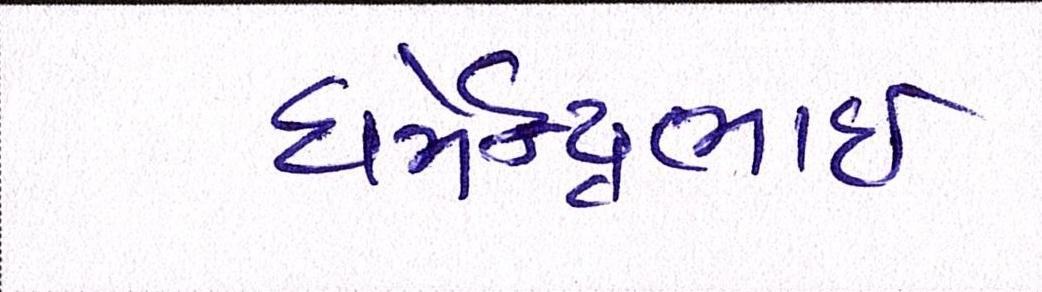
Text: ધર્મેન્દ્રભાઇ